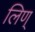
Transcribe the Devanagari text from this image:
लिण्